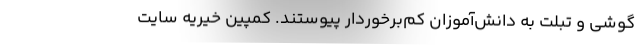
گوشی و تبلت به دانش‌آموزان کم‌برخوردار پیوستند. کمپین خیریه سایت